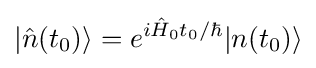
\left|{\hat {n}}(t_{0})\right\rangle =e^{i{\hat {H}}_{0}t_{0}/\hbar }|n(t_{0})\rangle